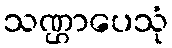
သဏ္ဌာပေသုံ